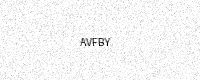
Text: AVFBY